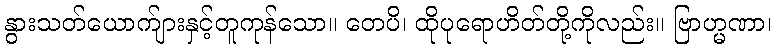
နွားသတ်ယောက်ျားနှင့်တူကုန်သော။ တေပိ၊ ထိုပုရောဟိတ်တို့ကိုလည်း။ ဗြာဟ္မဏာ၊